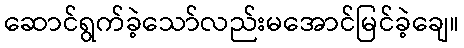
ဆောင်ရွက်ခဲ့သော်လည်းမအောင်မြင်ခဲ့ချေ။